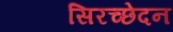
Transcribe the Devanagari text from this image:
सिरच्छेदन